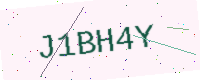
Text: J1BH4Y